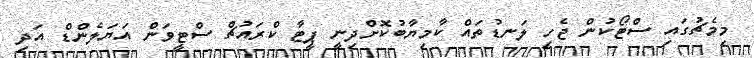
މިމެޗުގައި ސްޓޯކުން ޖެހި ލަނޑުތައް ކާމިޔާބުކޮށްދިނީ ޕީޓާ ކްރައުޗް ސްޓީވަން އަޔަލެންޑް އަދި